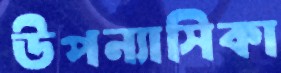
উপন্যাসিকা